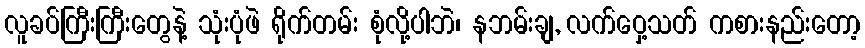
လူခပ်ကြီးကြီးတွေနဲ့ သုံးပုံဖဲ ရိုက်တမ်း စုံလို့ပါဘဲ၊ နဘမ်းချ, လက်ဝှေ့သတ် ကစားနည်းတော့